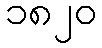
၁၈၂၀